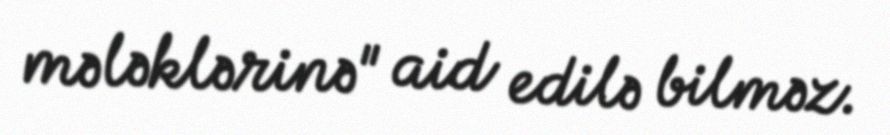
mələklərinə" aid edilə bilməz.